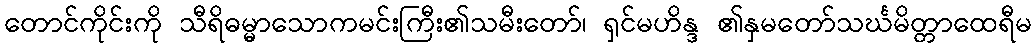
တောင်ကိုင်းကို သီရိဓမ္မာသောကမင်းကြီး၏သမီးတော်၊ ရှင်မဟိန္ဒ ၏နှမတော်သင်္ဃမိတ္တာထေရီမ